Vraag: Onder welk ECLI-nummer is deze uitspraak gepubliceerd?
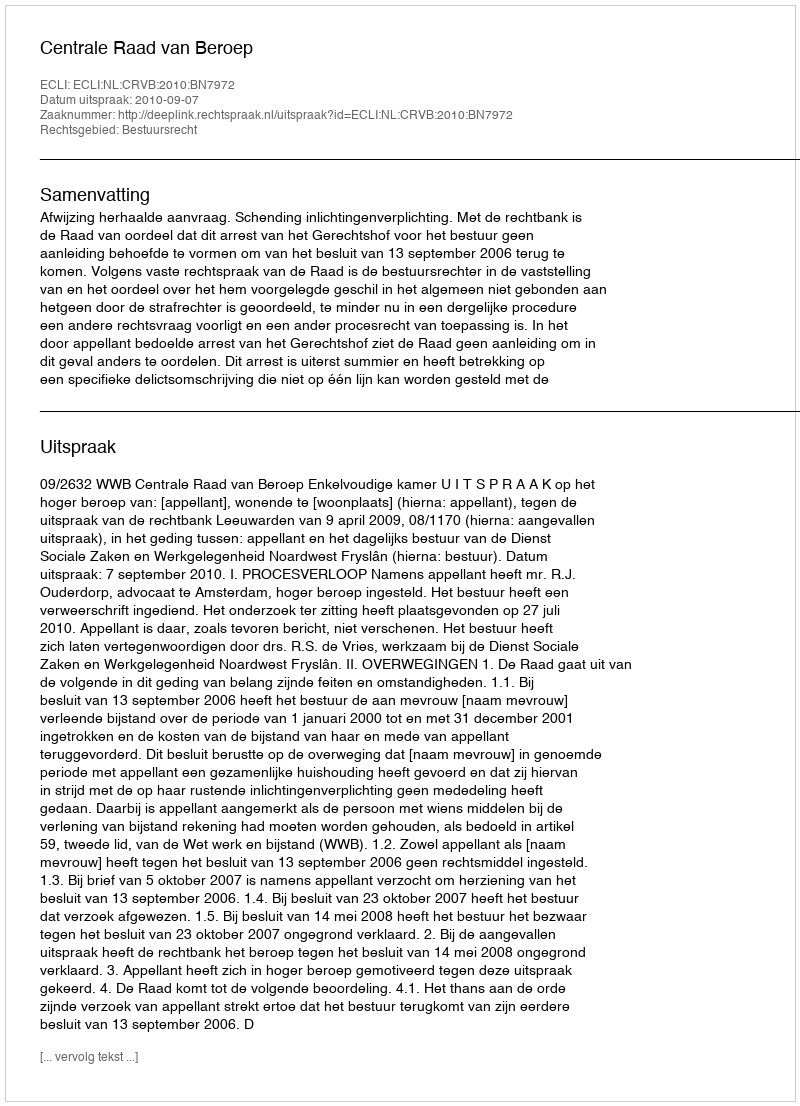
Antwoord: ECLI:NL:CRVB:2010:BN7972